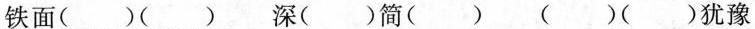
铁面()() 深()简() ()()犹豫